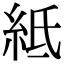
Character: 𥿄